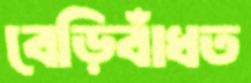
বেড়িবাঁধত